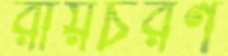
রায়চরণ